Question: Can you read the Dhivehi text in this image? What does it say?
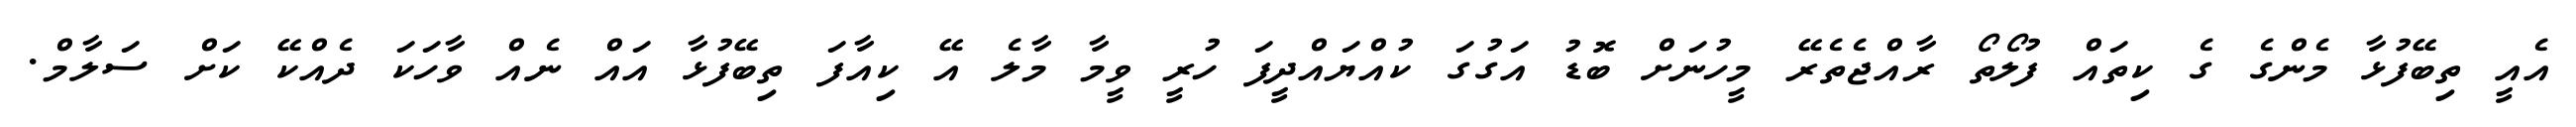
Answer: އެއީ ތިބޭފުޅާ މެންގެ ގެ ކިތައް ފުލޯތޯ ރާއްޖެތެރޭ މީހުނަށް ބޮޑު އަގުގަ ކުއްޔައްދީފަ ހުރީ ވީމާ މާލެ އޭ ކިއާފަ ތިބޭފުޅާ އައް ނެއް ވާހަކަ ދެއްކޭ ކަށް ސަލާމް.